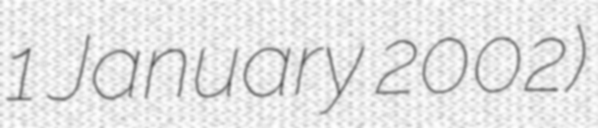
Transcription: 1 January 2002)